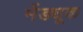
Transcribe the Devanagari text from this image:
मेंड्यूक